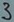
Text: 3